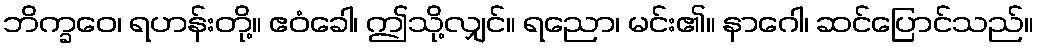
ဘိက္ခဝေ၊ ရဟန်းတို့။ ဧဝံခေါ၊ ဤသို့လျှင်။ ရညော၊ မင်း၏။ နာဂေါ၊ ဆင်ပြောင်သည်။